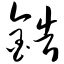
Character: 锆